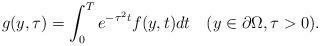
LaTeX: \begin{align*}g(y, \tau) = \int_{0}^{T}e^{-\tau^2t}f(y, t)dt\quad(y \in \partial\Omega, \tau > 0). \end{align*}